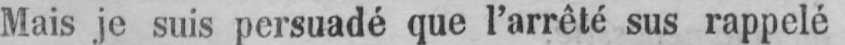
Mais je suis persuadé que l’arrêté sus rappelé